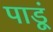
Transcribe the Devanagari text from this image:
पाडूं